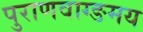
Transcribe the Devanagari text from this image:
पुराणवाग्ङमय